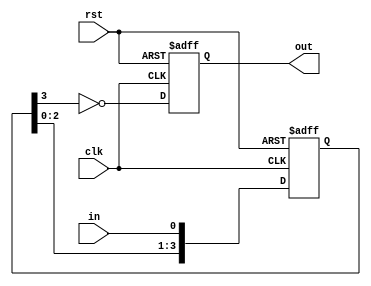
module inverter_delay(
    input wire clk,
    input wire rst,
    input wire in,
    output reg out
);

reg [3:0] delay_reg;

// Timing control and synchronization blocks
always @(posedge clk or posedge rst) begin
    if (rst) begin
        delay_reg <= 4'b0000; // Reset delay register
    end else begin
        delay_reg <= {delay_reg[2:0], in}; // Shift in input signal into delay register
    end
end

// Inverter logic with delayed input signal
always @(posedge clk or posedge rst) begin
    if (rst) begin
        out <= 1'b0; // Reset output
    end else begin
        out <= ~delay_reg[3]; // Invert delayed input signal
    end
end

endmodule